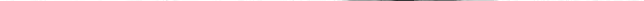
x